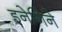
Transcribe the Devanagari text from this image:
इनेगिने